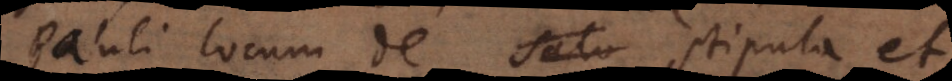
Pauli locum de stipula et